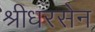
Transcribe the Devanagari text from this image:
श्रीधरसेन